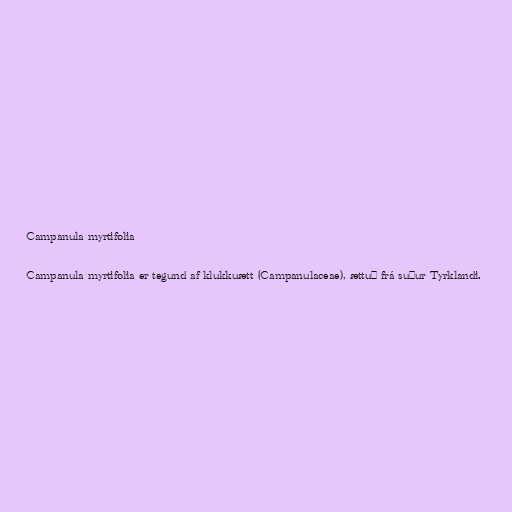
Campanula myrtifolia

Campanula myrtifolia er tegund af klukkuætt (Campanulaceae), ættuð frá suður Tyrklandi.